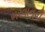
ભરવાનવી